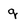
Character: q